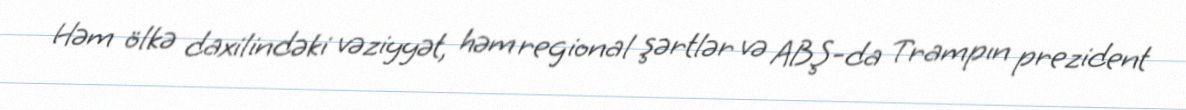
Həm ölkə daxilindəki vəziyyət, həm regional şərtlər və ABŞ-da Trampın prezident